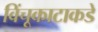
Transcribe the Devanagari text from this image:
विंचूकाटाकडे